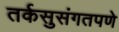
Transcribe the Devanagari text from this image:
तर्कसुसंगतपणे